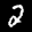
Label: 2